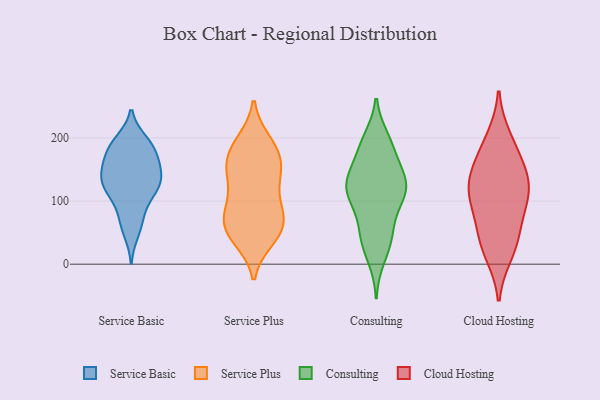
{"axis": {"x": "Humidity (%)", "y": "Value"}, "legend": ["Cloud Hosting", "Consulting", "Service Basic", "Service Plus"], "data": [{"x": "", "y": 142, "type": "Service Basic"}, {"x": "", "y": 68, "type": "Service Basic"}, {"x": "", "y": 187, "type": "Service Basic"}, {"x": "", "y": 118, "type": "Service Basic"}, {"x": "", "y": 185, "type": "Service Basic"}, {"x": "", "y": 147, "type": "Service Basic"}, {"x": "", "y": 123, "type": "Service Basic"}, {"x": "", "y": 165, "type": "Service Basic"}, {"x": "", "y": 113, "type": "Service Basic"}, {"x": "", "y": 50, "type": "Service Basic"}, {"x": "", "y": 195, "type": "Service Basic"}, {"x": "", "y": 189, "type": "Service Basic"}, {"x": "", "y": 162, "type": "Service Basic"}, {"x": "", "y": 131, "type": "Service Basic"}, {"x": "", "y": 147, "type": "Service Basic"}, {"x": "", "y": 116, "type": "Service Basic"}, {"x": "", "y": 80, "type": "Service Basic"}, {"x": "", "y": 42, "type": "Service Plus"}, {"x": "", "y": 131, "type": "Service Plus"}, {"x": "", "y": 159, "type": "Service Plus"}, {"x": "", "y": 65, "type": "Service Plus"}, {"x": "", "y": 186, "type": "Service Plus"}, {"x": "", "y": 145, "type": "Service Plus"}, {"x": "", "y": 171, "type": "Service Plus"}, {"x": "", "y": 152, "type": "Service Plus"}, {"x": "", "y": 39, "type": "Service Plus"}, {"x": "", "y": 50, "type": "Service Plus"}, {"x": "", "y": 76, "type": "Service Plus"}, {"x": "", "y": 45, "type": "Service Plus"}, {"x": "", "y": 120, "type": "Service Plus"}, {"x": "", "y": 195, "type": "Service Plus"}, {"x": "", "y": 103, "type": "Service Plus"}, {"x": "", "y": 80, "type": "Service Plus"}, {"x": "", "y": 159, "type": "Service Plus"}, {"x": "", "y": 74, "type": "Service Plus"}, {"x": "", "y": 194, "type": "Service Plus"}, {"x": "", "y": 78, "type": "Service Plus"}, {"x": "", "y": 102, "type": "Consulting"}, {"x": "", "y": 10, "type": "Consulting"}, {"x": "", "y": 186, "type": "Consulting"}, {"x": "", "y": 45, "type": "Consulting"}, {"x": "", "y": 31, "type": "Consulting"}, {"x": "", "y": 130, "type": "Consulting"}, {"x": "", "y": 114, "type": "Consulting"}, {"x": "", "y": 138, "type": "Consulting"}, {"x": "", "y": 114, "type": "Consulting"}, {"x": "", "y": 180, "type": "Consulting"}, {"x": "", "y": 139, "type": "Consulting"}, {"x": "", "y": 50, "type": "Consulting"}, {"x": "", "y": 198, "type": "Consulting"}, {"x": "", "y": 191, "type": "Consulting"}, {"x": "", "y": 98, "type": "Consulting"}, {"x": "", "y": 128, "type": "Consulting"}, {"x": "", "y": 56, "type": "Consulting"}, {"x": "", "y": 111, "type": "Consulting"}, {"x": "", "y": 140, "type": "Consulting"}, {"x": "", "y": 72, "type": "Cloud Hosting"}, {"x": "", "y": 31, "type": "Cloud Hosting"}, {"x": "", "y": 199, "type": "Cloud Hosting"}, {"x": "", "y": 109, "type": "Cloud Hosting"}, {"x": "", "y": 181, "type": "Cloud Hosting"}, {"x": "", "y": 112, "type": "Cloud Hosting"}, {"x": "", "y": 17, "type": "Cloud Hosting"}, {"x": "", "y": 103, "type": "Cloud Hosting"}, {"x": "", "y": 129, "type": "Cloud Hosting"}, {"x": "", "y": 142, "type": "Cloud Hosting"}, {"x": "", "y": 45, "type": "Cloud Hosting"}, {"x": "", "y": 152, "type": "Cloud Hosting"}]}